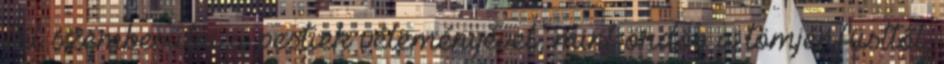
fél szembesülni a pestiek véleményével, mint ördög a tömjénfüsttől.